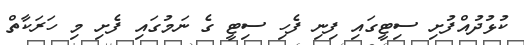
ކުޅުދުއްފުށި ސިޓީގައި ފިނި ފެހި ސިޓީ ގެ ނަމުގައި ފެށި މި ހަރަކާތް